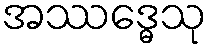
အဿဒ္ဓေသု